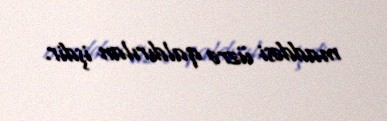
maddəsi üzrə qaldırılan işdir.